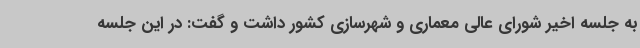
به جلسه اخیر شورای عالی معماری و شهرسازی کشور داشت و گفت: در این جلسه